Scottish Leaving Certificate Examination, 1960
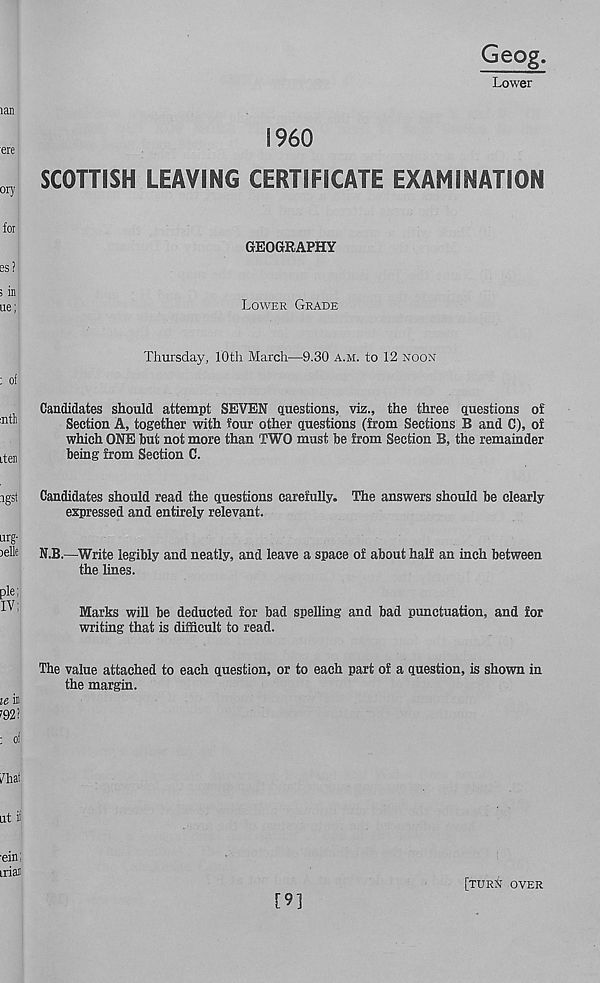
Geog.
Lower
I960
SCOTTISH LEAVING CERTIFICATE EXAMINATION
GEOGRAPHY
Lower Grade
Thursday, 10th March—9.30 a.m. to 12 noon
Candidates should attempt SEVEN questions, viz., the three questions of
Section A, together with four other questions (from Sections B and C), of
which ONE hut not more than TWO must be from Section B, the remainder
being from Section C.
Candidates should read the questions carefully. The answers should be clearly
expressed and entirely relevant.
N.B.—Write legibly and neatly, and leave a space of about half an inch between
the lines.
Marks will be deducted for bad spelling and bad punctuation, and for
writing that is difficult to read.
The value attached to each question, or to each part of a question, is shown in
the margin.
[9]
[turn over